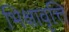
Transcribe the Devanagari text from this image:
भिक्षावृत्ति